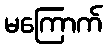
မကြောက်